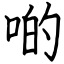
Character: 啲